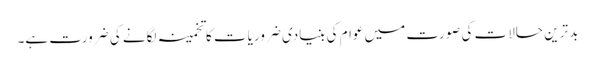
بد ترین حالات کی صورت میں عوام کی بنیادی ضروریات کا تخمینہ لگانے کی ضرورت ہے۔